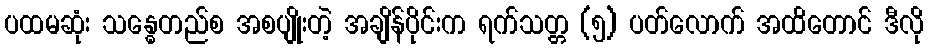
ပထမဆုံး သန္ဓေတည်စ အစပျိုးတဲ့ အချိန်ပိုင်းက ရက်သတ္တ (၅) ပတ်လောက် အထိတောင် ဒီလို